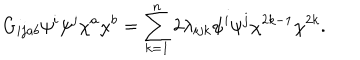
LaTeX: G _ { i j a b } \psi ^ { i } \psi ^ { j } \chi ^ { a } \chi ^ { b } = \sum _ { k = 1 } ^ { n } 2 \lambda _ { i j k } \psi ^ { i } \psi ^ { j } \chi ^ { 2 k - 1 } \chi ^ { 2 k } .